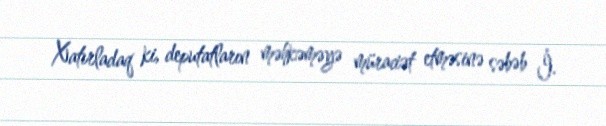
Xatırladaq ki, deputatların məhkəməyə müraciət etməsinə səbəb İ.